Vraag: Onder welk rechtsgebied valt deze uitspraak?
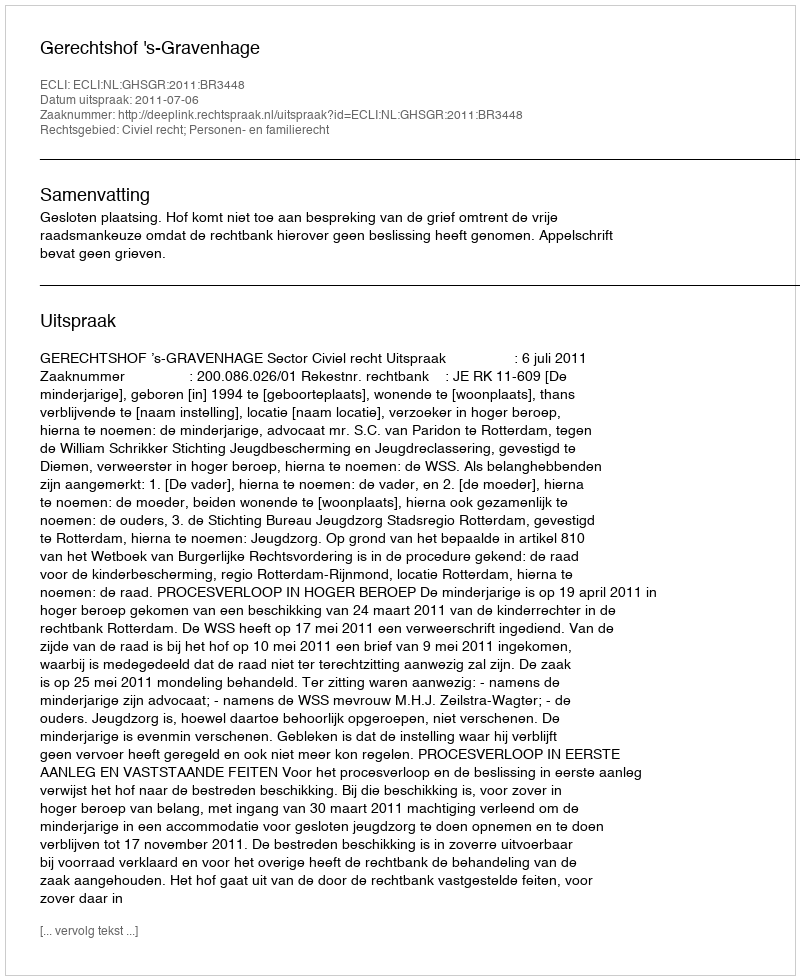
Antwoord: Civiel recht; Personen- en familierecht